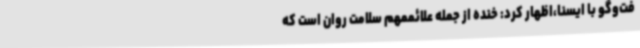
فت‌وگو با ایسنا،اظهار کرد: خنده از جمله علائممهم سلامت روان است که